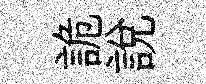
詭説